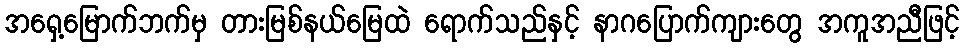
အရှေ့မြောက်ဘက်မှ တားမြစ်နယ်မြေထဲ ရောက်သည်နှင့် နာဂပြောက်ကျားတွေ အကူအညီဖြင့်